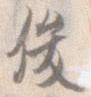
俊